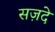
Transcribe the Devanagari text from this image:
सज़दे